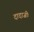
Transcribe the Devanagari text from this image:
दादाजीः